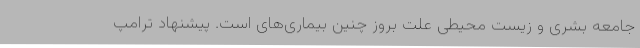
جامعه بشری و زیست محیطی علت بروز چنین بیماری‌های است. پیشنهاد ترامپ